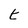
Character: t